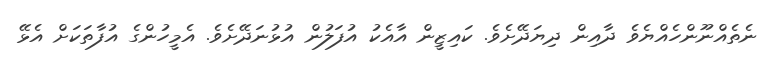
ނެތެއްނޫންހެއްޔެވެ ދާއިން ދިޔަދޭށެވެ. ކައިޒީން އާއެކު އުފަލުން އުޅުނަދޭށެވެ. އެމީހުންގެ އުފާތަކަށް އެޅޭ